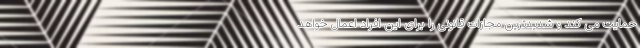
حمایت می کند و شدیدترین مجازات قانونی را برای این افراد اعمال خواهد